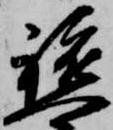
軈